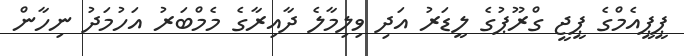
ޕީޕީއެމްގެ ޕީޖީ ގްރޫޕުގެ ލީޑަރު އަދި ވިލިމާލެ ދާއިރާގެ މެމްބަރު އަހުމަދު ނިހާން